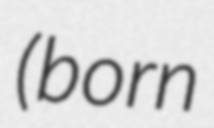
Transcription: (born